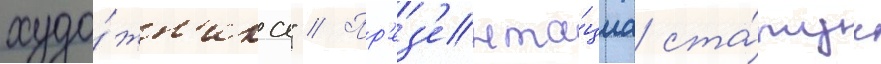
худо́жн'ика" // Пр'ез'ента́циа ста́туи